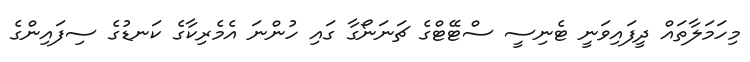
މިހަމަލާތައް ދީފައިވަނީ ޓެނިސީ ސްޓޭޓްގެ ޗަނަނޯގާ ގައި ހުންނަ އެމެރިކާގެ ކަނޑުގެ ސިފައިންގެ